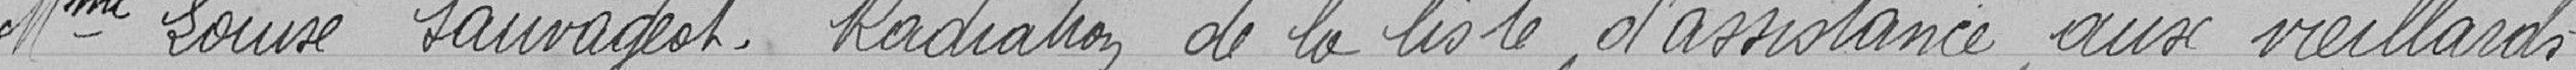
Mme Louise Sauvageot. Radiation de la liste d'assistance aux vieillards.